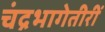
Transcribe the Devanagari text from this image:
चंद्रभागेतीरीं